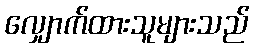
လျှောက်ထားသူများသည်